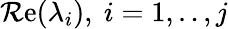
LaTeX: \operatorname{\mathcal{R}e}(\lambda_{i}),~i=1,..,j